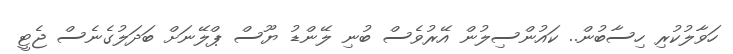
ހަވާލުކުރި ހިސާބުން.. ކައުންސިލުން އޭރުވެސް ބުނި ލޭންޑު ޔޫސް ޕްލޭނަށް ބަދަލުގެނެސް ޖެޓީ